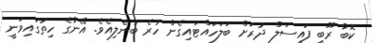
ކޮބާ ރޫބީ ފައިސަލް ދުރަށް ބަލަހައްޓައިގެން ހުރެ ބުނެލިއެވެ. އޭނާގެ ހިތުގައިވަނީ